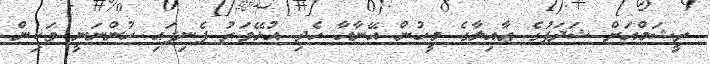
ރީޝަމްއަށް ޝަދަފުގެ ޢާއިލާގެ މީހުން އޭނާއާ ހެދި އުޅޭވަރު ފެނިފައި ހުންނަނީ ވަކިން